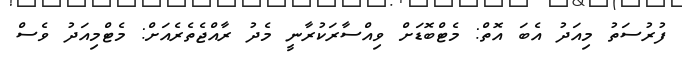
ފުރުސަތު މިއަދު އެބަ އޮތް: މެޓްބޮޑަށް ވިއްސާރަކުރާނީ މެދު ރާއްޖެތެރެއަށް: މެޓްމިއަދު ވެސް